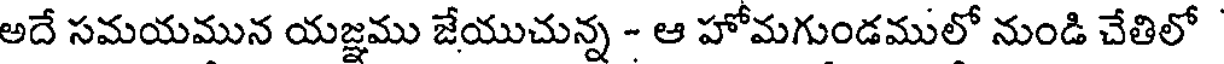
అదే సమయమున యజ్ఞము జేయుచున్న - ఆ హోమగుండములో నుండి చేతిలో